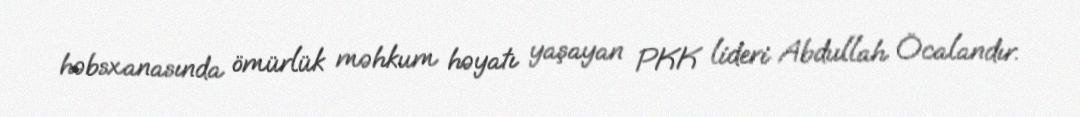
həbsxanasında ömürlük məhkum həyatı yaşayan PKK lideri Abdullah Öcalandır.